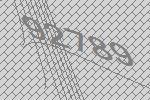
92789